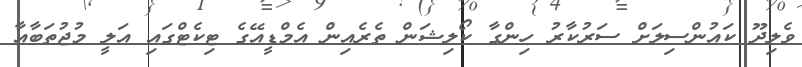
ވެލިދޫ ކައުންސިލަށް ސަރުކާރު ހިންގާ ކޯލިޝަން ތެރެއިން އެމްޑީއޭގެ ޓިކެޓްގައި އަލީ މުޖުތަބާއާ